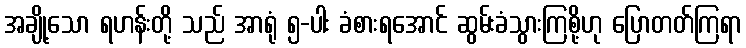
အချို့သော ရဟန်းတို့ သည် အာရုံ ၅-ပါး ခံစားရအောင် ဆွမ်းခံသွားကြစို့ဟု ပြောတတ်ကြရာ